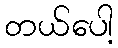
တယ်ပေါ့